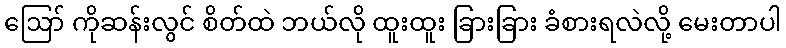
ဪ ကိုဆန်းလွင် စိတ်ထဲ ဘယ်လို ထူးထူး ခြားခြား ခံစားရလဲလို့ မေးတာပါ